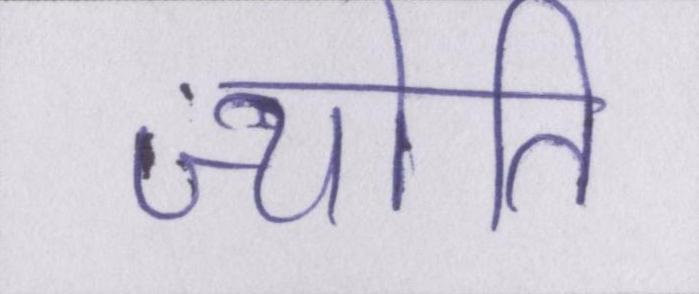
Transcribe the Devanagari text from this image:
ज्योति